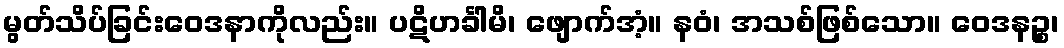
မွတ်သိပ်ခြင်းဝေဒနာကိုလည်း။ ပဋိဟင်္ခါမိ၊ ဖျောက်အံ့။ နဝံ၊ အသစ်ဖြစ်သော။ ဝေဒနဉ္စ၊